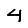
Digit: 4